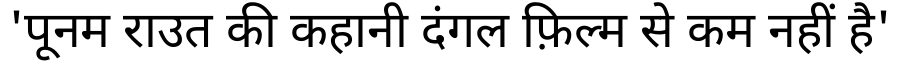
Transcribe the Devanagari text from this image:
'पूनम राउत की कहानी दंगल फ़िल्म से कम नहीं है'